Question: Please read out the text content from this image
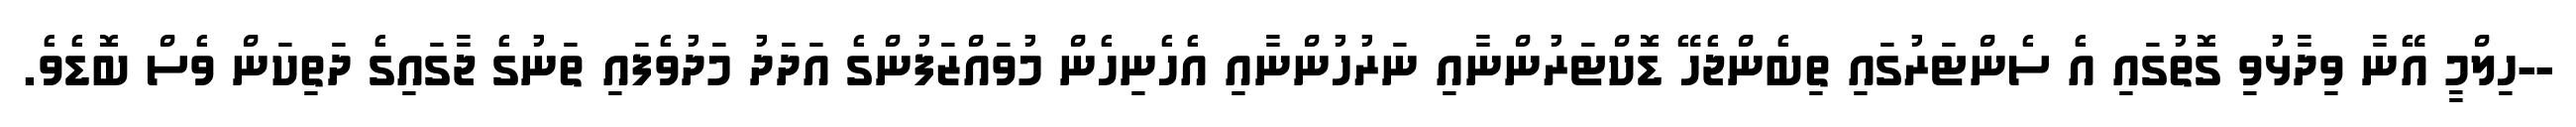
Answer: --ހިލްމީ އޭނާ ވިދާޅުވި ގޮތުގައި އެ ސެންޓަރުގައި ތިބެންޖެހޭ ޑޮކްޓަރުންނާއި ނަރުހުންނާއި އެހެނިހެން މުވައްޒަފުންގެ އަދަދު މަދުވެފައި ތަނުގެ ޖާގައިގެ ދަތިކަން ވެސް ބޮޑެވެ.